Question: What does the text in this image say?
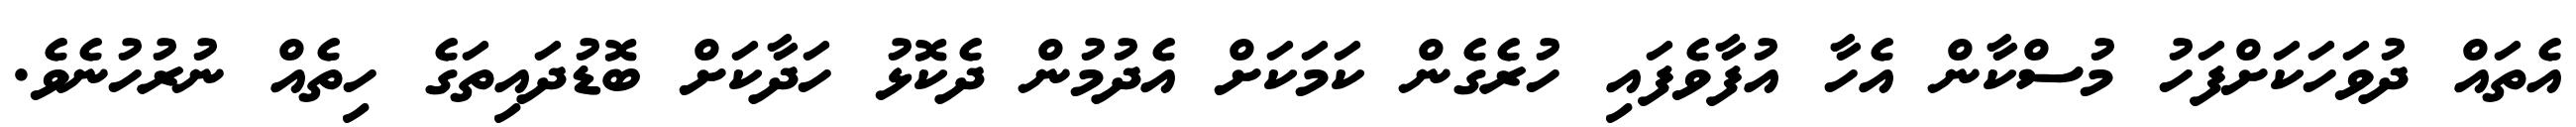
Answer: އެތައް ދުވަހަކަށްފަހު މުސްކާން އެހާ އުފާވެފައި ހުރެގެން ކަމަކަށް އެދުމުން ދެކޮޅު ހަދާކަށް ބޮޑުދައިތަގެ ހިތެއް ނުރުހުނެވެ.